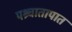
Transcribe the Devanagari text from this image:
पश्र्चातापात